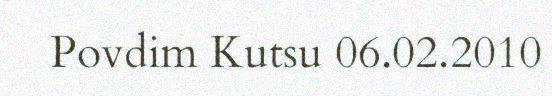
Povdim Kutsu 06.02.2010